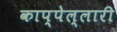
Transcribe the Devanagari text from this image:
काप्पेल्लारी